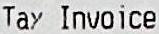
TAX INVOICE